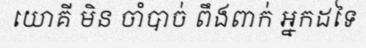
យោគី មិន ចាំបាច់ ពឹងពាក់ អ្នកដទៃ